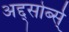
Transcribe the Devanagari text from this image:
अद्द्सोर्ब्स्